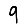
Digit: 9